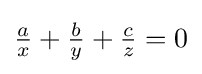
{\tfrac {a}{x}}+{\tfrac {b}{y}}+{\tfrac {c}{z}}=0